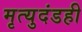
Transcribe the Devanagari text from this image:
मृत्युदंडही